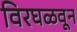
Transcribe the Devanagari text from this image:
विरघळवून